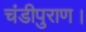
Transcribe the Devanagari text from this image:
चंडीपुराण।